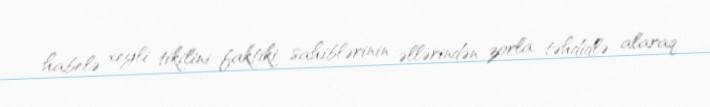
habelə xeyli tikilini faktiki sahiblərinin əllərindən zorla, təhdidlə alaraq